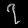
Digit: ၇